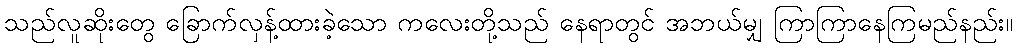
သည်လူဆိုးတွေ ခြောက်လှန့်ထားခဲ့သော ကလေးတို့သည် နေရာတွင် အဘယ်မျှ ကြာကြာနေကြမည်နည်း။